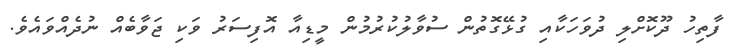
ފާތިހު ދޫކޮށްލި ދުވަހަކާއި ގުޅޭގޮތުން ސުވާލުކުރުމުން މީޑިއާ އޮފިސަރު ވަކި ޖަވާބެއް ނުދެއްވައެވެ.